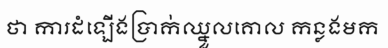
ថា ការដំឡើងប្រាក់ឈ្នួលគោល កន្លងមក